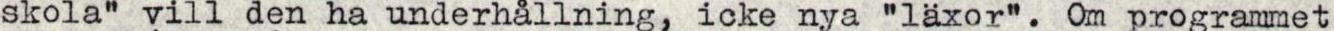
skola" vill den ha underhållning, icke nya "läxor". Om programmet